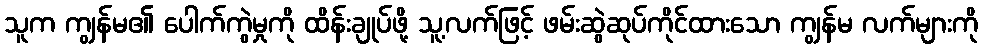
သူက ကျွန်မ၏ ပေါက်ကွဲမှုကို ထိန်းချုပ်ဖို့ သူ့လက်ဖြင့် ဖမ်းဆွဲဆုပ်ကိုင်ထားသော ကျွန်မ လက်များကို